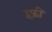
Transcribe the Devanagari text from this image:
हफ्रीं